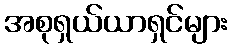
အစုရှယ်ယာရှင်များ